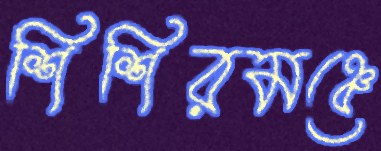
শিশিরমঞ্চে